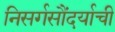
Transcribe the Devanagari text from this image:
निसर्गसौंदर्याची